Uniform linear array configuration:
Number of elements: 64
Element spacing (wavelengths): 0.5
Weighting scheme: blackman
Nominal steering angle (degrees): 60
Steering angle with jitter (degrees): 60.333
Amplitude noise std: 0.05
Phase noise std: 0.05

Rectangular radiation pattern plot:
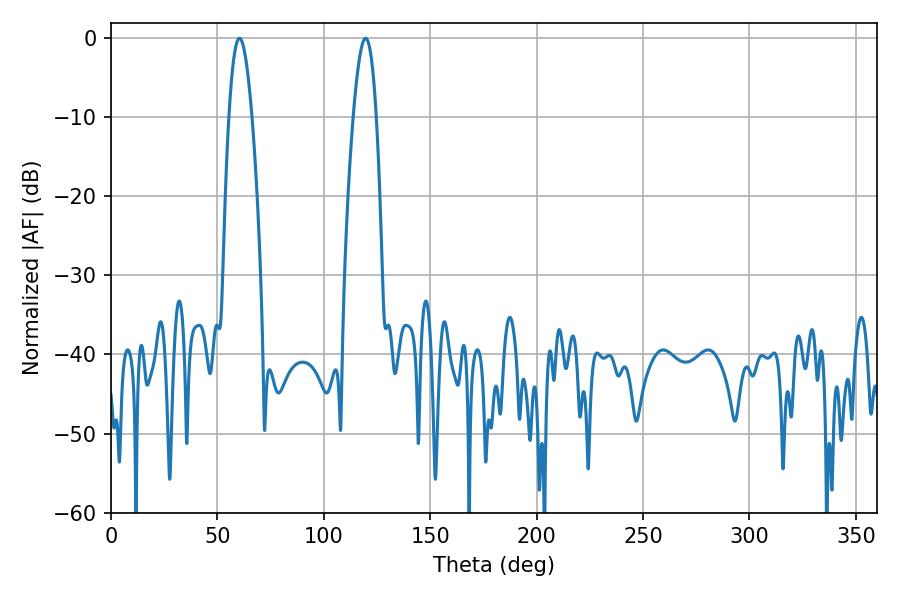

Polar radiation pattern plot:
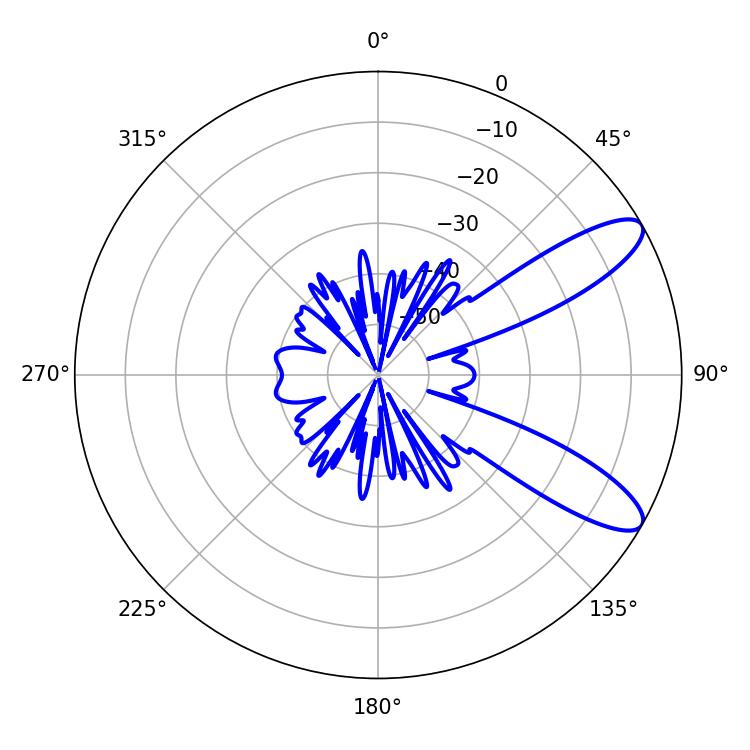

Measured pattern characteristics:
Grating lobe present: FALSE
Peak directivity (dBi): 10.113
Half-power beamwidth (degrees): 5.76
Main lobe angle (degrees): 60.3